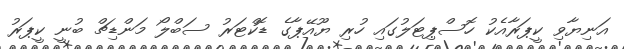
އަނިޔާވި ކީޕަރާއެކު ހޮސްޕިޓަލުގައި ހުރި ޔޫއޭޕާގެ ޑޮކްޓަރު ސަބްލޯ މަންޑިޗް ބުނީ ކީޕަރު